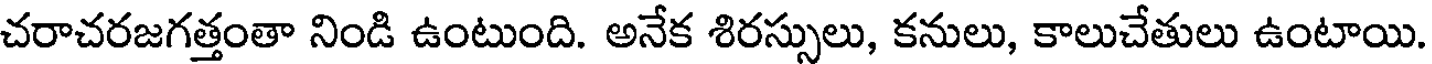
చరాచరజగత్తంతా నిండి ఉంటుంది. అనేక శిరస్సులు, కనులు, కాలుచేతులు ఉంటాయి.